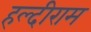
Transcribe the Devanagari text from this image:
हल्दीराम